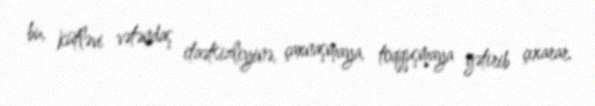
bu, kütləvi vətəndaş itaətsizliyinə, çaxnaşmaya, toqquşmaya gətirib çıxarar.